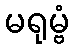
မရုမ္ဗံ